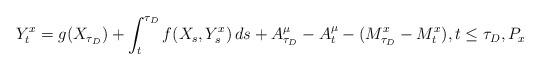
LaTeX: \begin{align*}Y^x_t=g(X_{\tau_D})+\int_t^{\tau_D}f(X_s,Y^x_s)\,ds+A^\mu_{\tau_D}-A^\mu_t-(M^x_{\tau_D}-M^x_t),t\le\tau_D,P_x\end{align*}